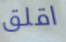
اقلق